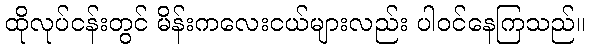
ထိုလုပ်ငန်းတွင် မိန်းကလေးငယ်များလည်း ပါဝင်နေကြသည်။